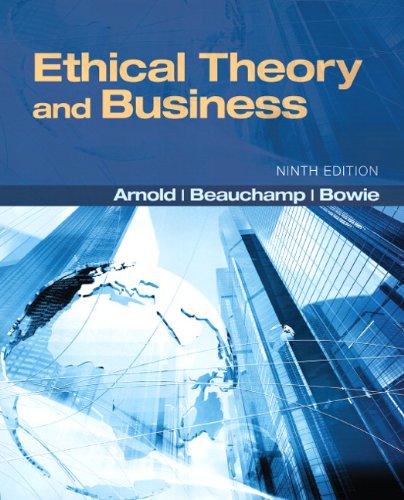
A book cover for Ethical Theory and Business (9th Edition) (MyThinkingLab Series); Denis G. Arnold; Business & Money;